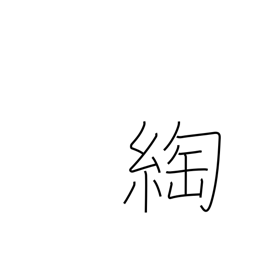
Meaning: twist